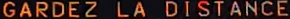
GARDEZ LA DISTANCE